65_HS1-834228961_62-HQ-83894_Section_10
Agency: FBI
Page 149
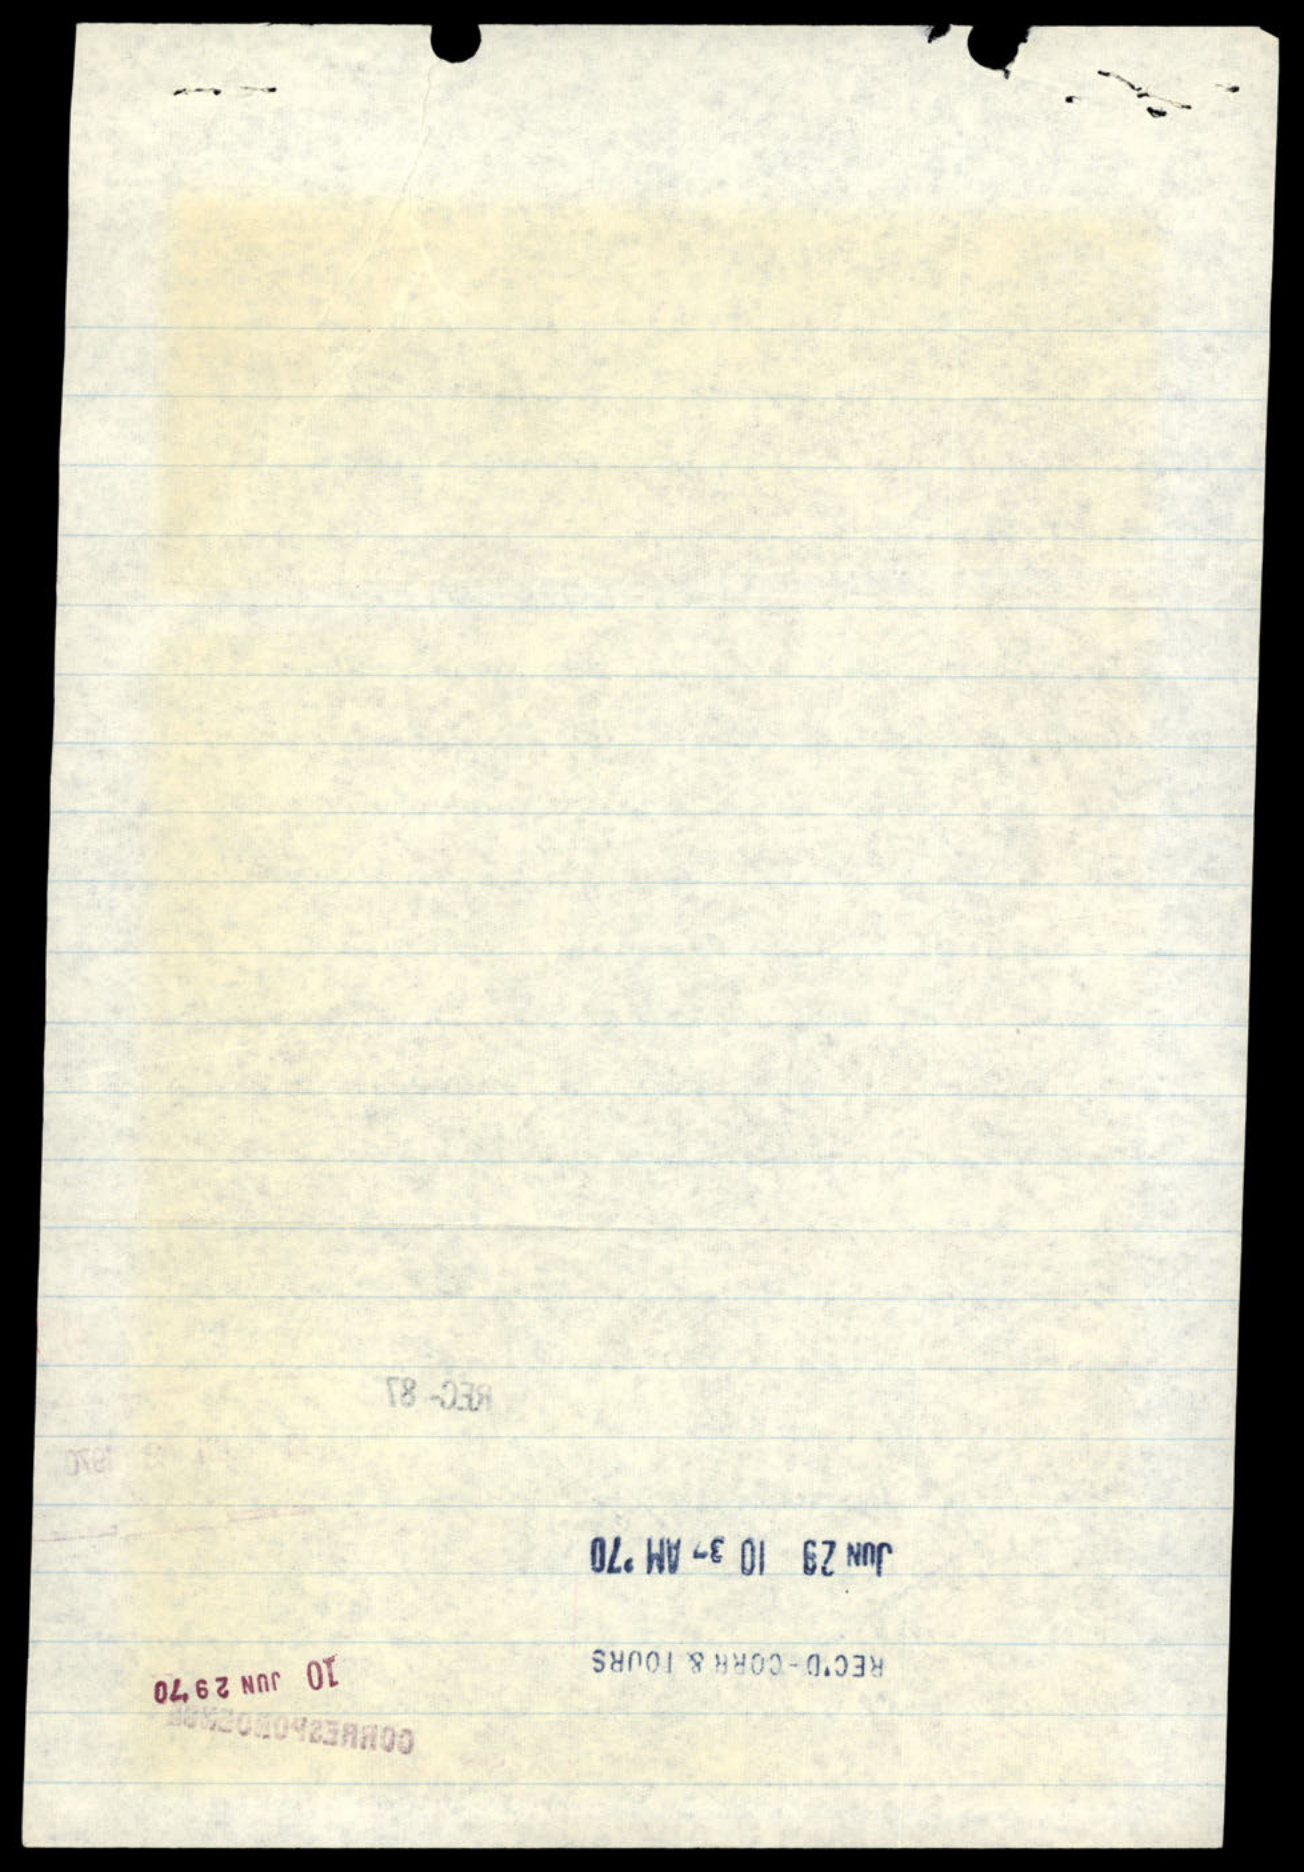